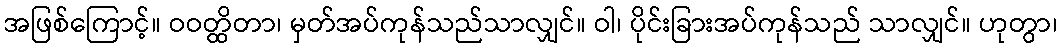
အဖြစ်ကြောင့်။ ဝဝတ္ထိတာ၊ မှတ်အပ်ကုန်သည်သာလျှင်။ ဝါ၊ ပိုင်းခြားအပ်ကုန်သည် သာလျှင်။ ဟုတွာ၊